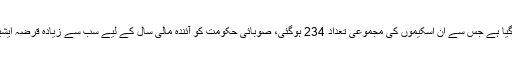
صوبہ کے ضم شدہ قبائلی اضلاع کے لیے 213 جاری اور21 نئی اسکیموں کو شامل کیا گیا ہے جس سے ان اسکیموں کی مجموعی تعداد 234 ہوگئی، صوبائی حکومت کو آئندہ مالی سال کے لیے سب سے زیادہ قرضہ ایشیائی ترقیاتی بینک سے ملے گا جو 29 ارب سے زائد ہے جو پشاور بی آرٹی کے لیے ہے۔